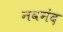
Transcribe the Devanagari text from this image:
नवनंद